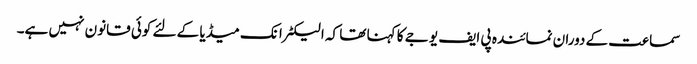
سماعت کے دوران نمائندہ پی ایف یو جے کا کہنا تھا کہ الیکٹرانک میڈیا کے لئے کوئی قانون نہیں ہے۔